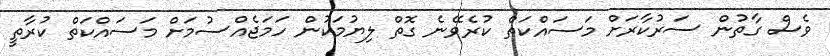
ވެސް ގާތުން ސަރުކާރަށް މަސައްކަތް ކުރެވޭނެ ގޮތް ލިޔުމަކުން ހަމަޖެއްސުމަށް މަސައްކަތް ކުރާތީ